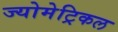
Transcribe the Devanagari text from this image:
ज्योमेट्रिकल